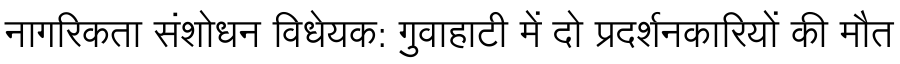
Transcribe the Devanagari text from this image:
नागरिकता संशोधन विधेयक: गुवाहाटी में दो प्रदर्शनकारियों की मौत